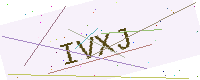
Text: IVXJ